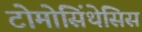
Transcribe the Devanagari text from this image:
टोमोसिंथेसिस